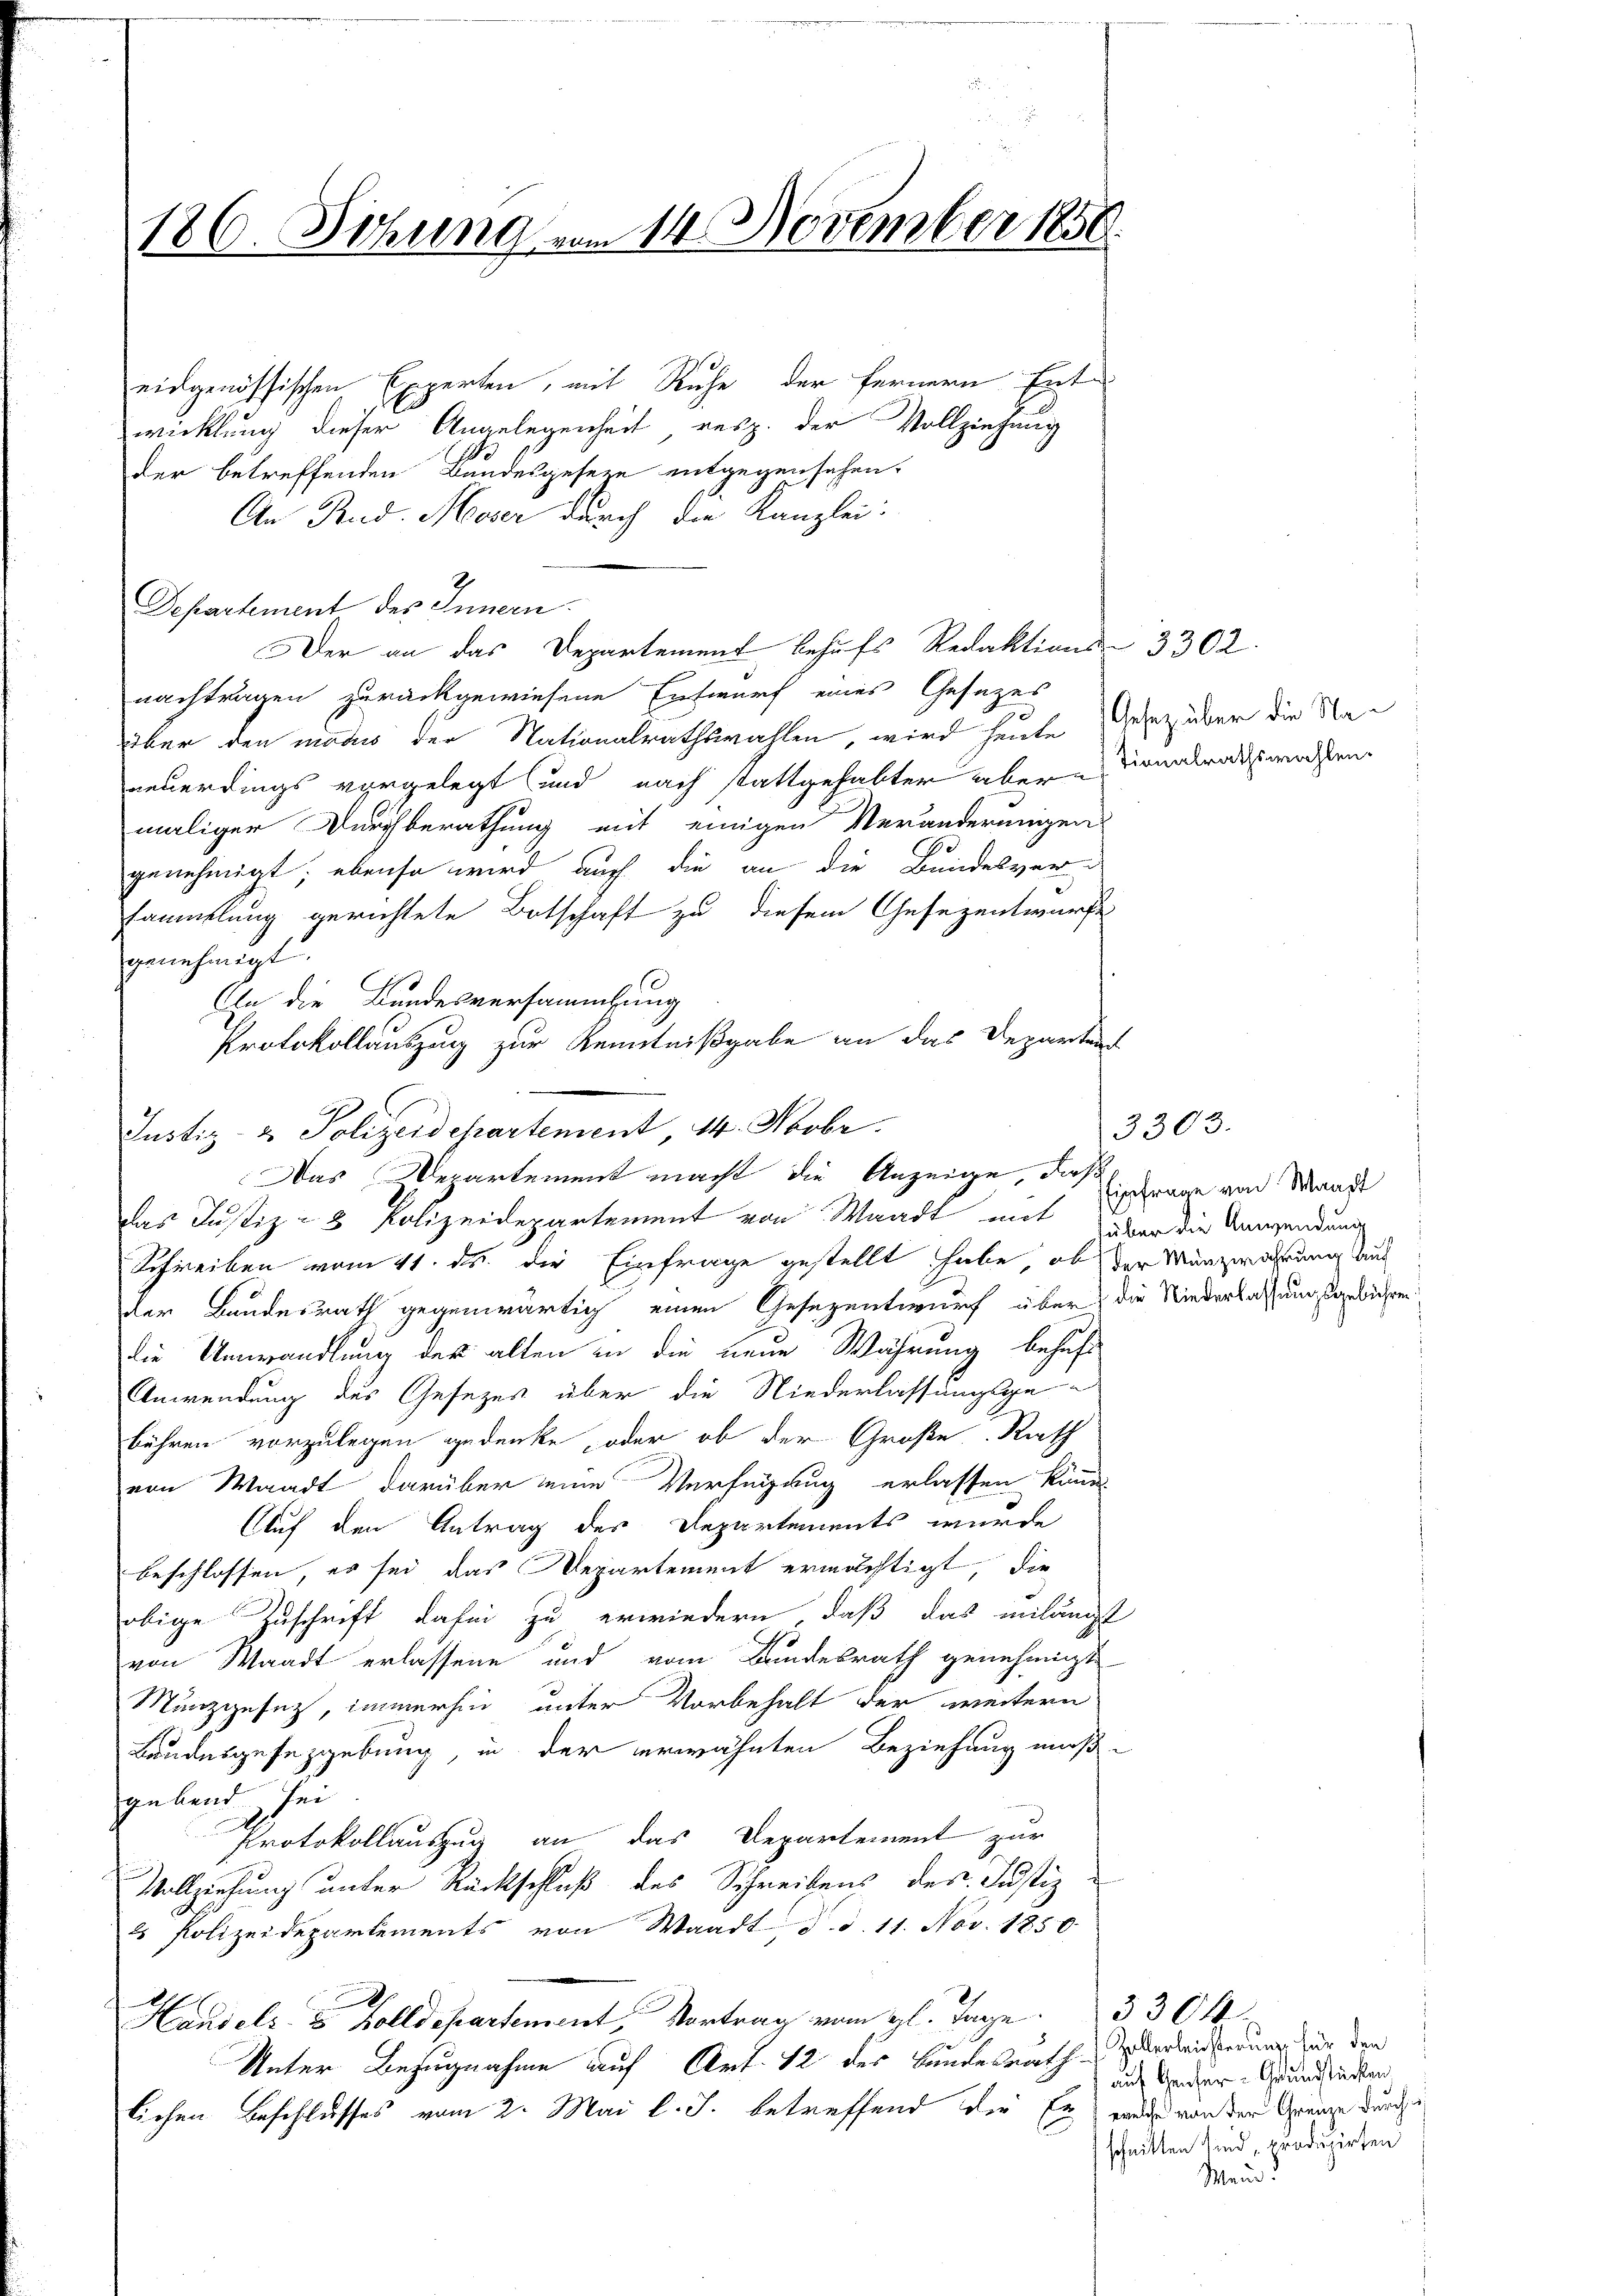
180. Sitzung vom 14. November 1858.

eidgenössischen Experten, mit Ruhe der fernern Entwicklung dieser Angelegenheit resp. der Vollziehung
der betreffenden Bundesgeseze entgegensehen.
An Rud. Moser durch die Kanzlei:
Separtement des Innern.
Der an das Departement behufs Redaktions- 3302.
nachträgen zurückgewiesene Entwurf eines Gesezes
über den modus der Nationalrathswahlen, wird heute Gesez über die Naneuerdings vorgelegt und nach stattgehabter über sonalratsandten
maliger Durchberathung mit einigen Veränderungen
genehmigt; ebenso wird auch die an die Bundesversammlung gerichtete Botschaft zu diesem Gesezentwurfe
genehmigt.
An die Bundesversammlung
Protokollauszug zur Kenntnißgabe an das Departen
Justiz- & Polizeidepartement 14. Novbr.
Das Derartement macht die Anzeige, daß
Schreiben vom 11. ds. die Einfrage gestellt habe, ob der Münzwahrung aus
der Bundesrath gegenwärtig einen Gesezentwurf über die Niederlassungsgebühren
die Umwandlung der alten in die neue Währung behufs
Anwendung des Gesezes über die Niederlassungsge-
bühren vorzulegen gedenke, oder ob der Große Rath
von Waadt darüber eine Verfügung erlassen könne.
Auf den Antrag des Departements wurde
beschlossen, es sei das Departement ermächtigt, die
obige Zuschrift dafür zu erwiedern, daß das unlängt
von Waadt erlassene und vom Bundesrath genehmigt
Manzgesetz, immerhin unter Vorbehalt der weitern
Bundesgefeggebung, in der erwähnten Beziehung mußgebend sei
Protokollauszug an das Departement zur
Vollziehung unter Rückschluß des Schreibens des Justiz¬
2 Polizeidepartements von Waadt, d. d. 11. Nov. 1850
Handels- u Bolldepartement, Vortrag vom gl. Tage. 330 f.
Unter Bezugnahme auf Art. 12 des Bundesrath
lichen Beschlusses vom 2. Mai l. J. betreffend die Er was von der Grenze durch¬

3303
das Justiz- & Polizeidepartement von Waadt mit trage von Mande

über die Anwendung

Zollerleisterung für den
auf Geiser - Grundstücken
schnitten sind produzirten
Mein!